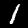
Digit: 1